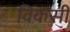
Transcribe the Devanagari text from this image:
विकसी